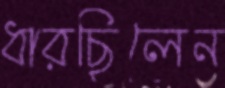
ধারছিলেন